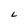
Character: L